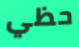
حظي